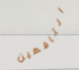
التافهين